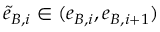
\tilde { e } _ { B , i } \in ( e _ { B , i } , e _ { B , i + 1 } )